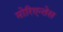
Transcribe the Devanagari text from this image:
मोरिएन्तेस